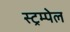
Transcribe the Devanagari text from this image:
स्ट्रम्पेल